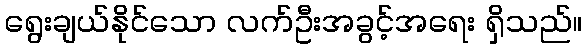
ရွေးချယ်နိုင်သော လက်ဦးအခွင့်အရေး ရှိသည်။